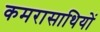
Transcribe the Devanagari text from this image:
कमरासाथियों